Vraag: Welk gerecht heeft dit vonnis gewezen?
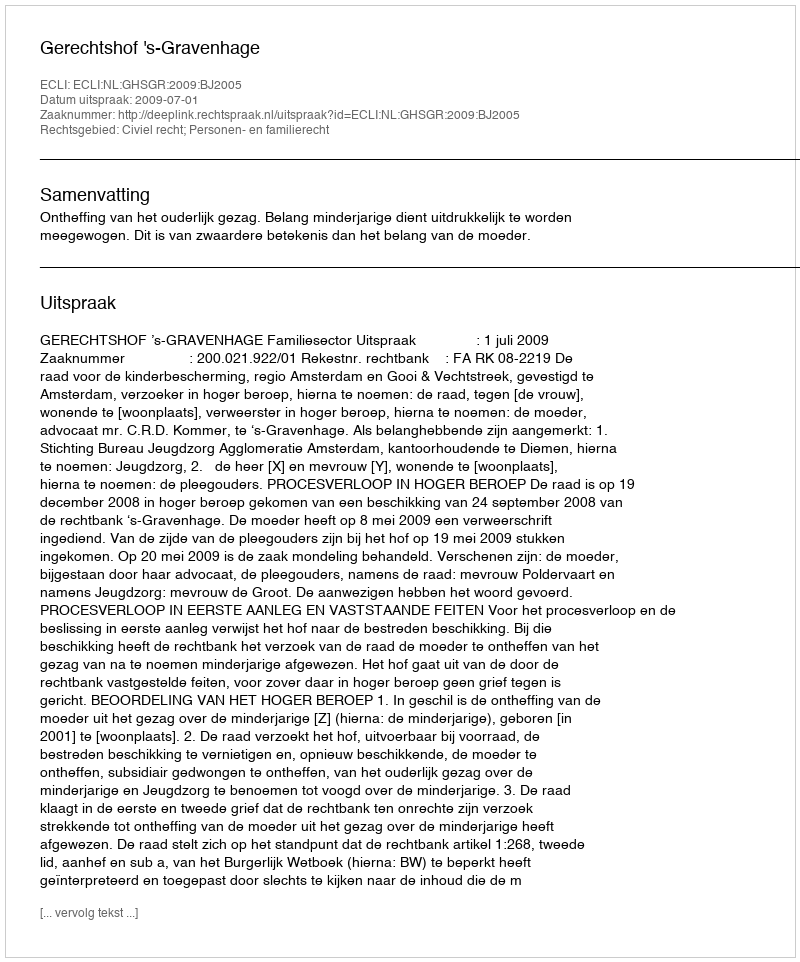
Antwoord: Gerechtshof 's-Gravenhage